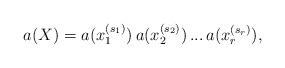
LaTeX: \begin{align*}a(X) = a(x_{1}^{(s_1)})\,a(x_{2}^{(s_2)})\,...\,a(x_{r}^{(s_r)}),\end{align*}